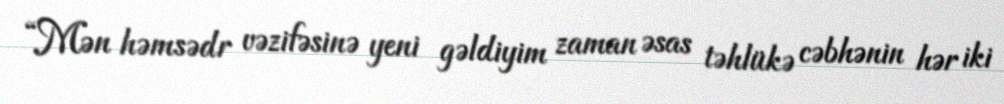
“Mən həmsədr vəzifəsinə yeni gəldiyim zaman əsas təhlükə cəbhənin hər iki